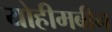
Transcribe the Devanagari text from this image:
योहीमबीन